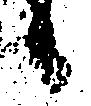
候